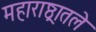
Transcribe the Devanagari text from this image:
महाराष्ठ्रातले